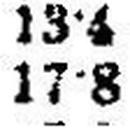
17•8